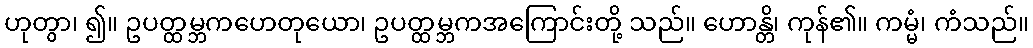
ဟုတွာ၊ ၍။ ဥပတ္ထမ္ဘကဟေတုယော၊ ဥပတ္ထမ္ဘကအကြောင်းတို့ သည်။ ဟောန္တိ၊ ကုန်၏။ ကမ္မံ၊ ကံသည်။